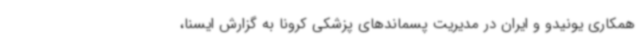
همکاری یونیدو و ایران در مدیریت پسماندهای پزشکی کرونا به گزارش ایسنا،